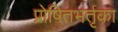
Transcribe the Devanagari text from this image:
प्रोषितभर्तृका